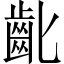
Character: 齔